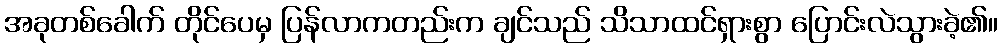
အခုတစ်ခေါက် တိုင်ပေမှ ပြန်လာကတည်းက ချင်သည် သိသာထင်ရှားစွာ ပြောင်းလဲသွားခဲ့၏။